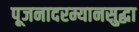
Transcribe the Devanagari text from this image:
पूजनादरम्यानसुद्धा